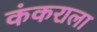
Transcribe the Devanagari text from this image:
कंकराला